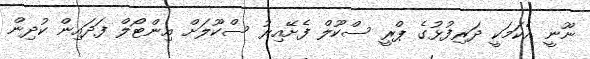
ނޫނީ އެކަމަކީ ދަރިފުޅުގެ ޕްރީ ސްކޫލް ފެށޭއިރު ސްކޫލަށް އިންޓޯލް ފަދައިން ކުދިން